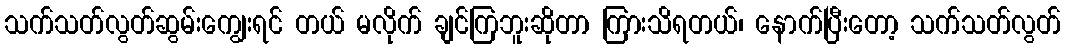
သက်သတ်လွတ်ဆွမ်းကျွေးရင် တယ် မလိုက် ချင်ကြဘူးဆိုတာ ကြားသိရတယ်၊ နောက်ပြီးတော့ သက်သတ်လွတ်